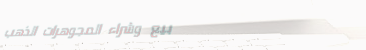
بيع وشراء المجوهرات الذهب